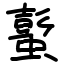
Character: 蟚